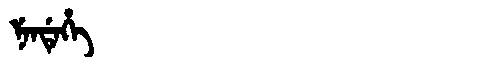
Manchu: ᠨᡝᠨᡩᡝᡥᡝ
Romanization: NENDEHE